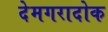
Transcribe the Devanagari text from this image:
देमगरादोक